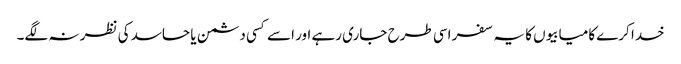
خدا کرے کامیابیوں کا یہ سفر اسی طرح جاری رہے اور اسے کسی دشمن یا حاسد کی نظر نہ لگے۔